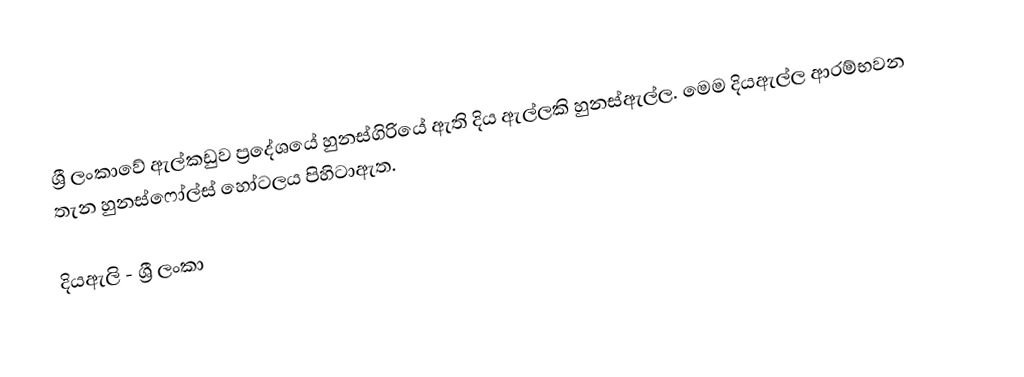
ශ්‍රී ලංකාවේ ඇල්කඩුව ප්‍රදේශයේ හුනස්ගිරියේ ඇති දිය ඇල්ලකි හුනස්ඇල්ල. මෙම දියඇල්ල ආරම්භවන තැන හුනස්ෆෝල්ස් හෝටලය පිහිටාඇත.

දියඇලි - ශ්‍රී ලංකා